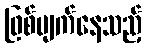
ဖြစ်ပျက်နေသည့်